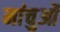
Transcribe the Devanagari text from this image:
मांचुओं